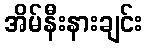
အိမ်နီးနားချင်း